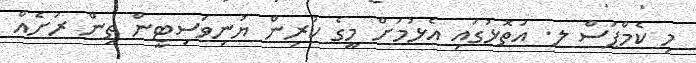
މި ކެމްޕަސް ލ. އަތޮޅުގައި އެޅުމަށް މީގެ ކުރިން ޔުނިވަސިޓީން ތިން ރަށެއް